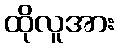
ထိုလူအား